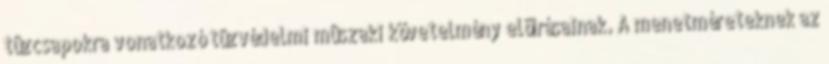
tûzcsapokra vonatkozó tûzvédelmi mûszaki követelmény elõírásainak. A menetméreteknek az